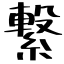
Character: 繋